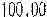
100.00